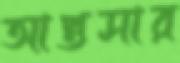
আপ্তসার